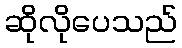
ဆိုလိုပေသည်